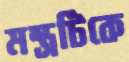
মন্ত্রটিকে